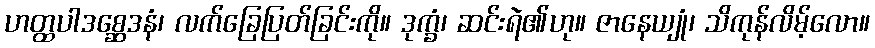
ဟတ္ထပါဒစ္ဆေဒနံ၊ လက်ခြေပြတ်ခြင်းကို။ ဒုက္ခံ၊ ဆင်းရဲ၏ဟု။ ဇာနေယျုံ၊ သိကုန်လိမ့်လော။